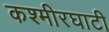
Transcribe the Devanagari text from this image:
कश्मीरघाटी